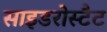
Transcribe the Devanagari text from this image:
साइडरोस्टैट